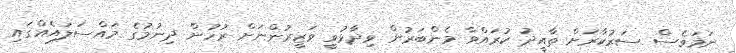
ނަމަވެސް ސަރުކާރަށް ތާއީދު ކުރައްވާ މެންބަރުން ވިދާޅުވީ ވަޒީރުންނަށް ރުހުން ދިނުމުގެ މައްސަލައެއްގައި